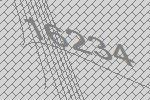
16234